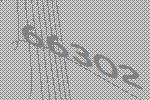
66302